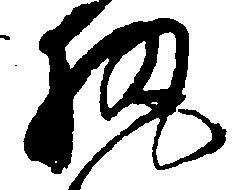
執